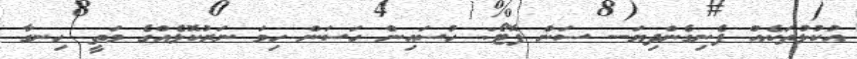
އުކުޅުތަކެއް ފެނިގެންދިޔަ-- ސަން ފޮޓޯ: ހުސައިން ހަސަން ހިމަ ނަރުކޮޅެއްގެ މަތީ ހިނގާ